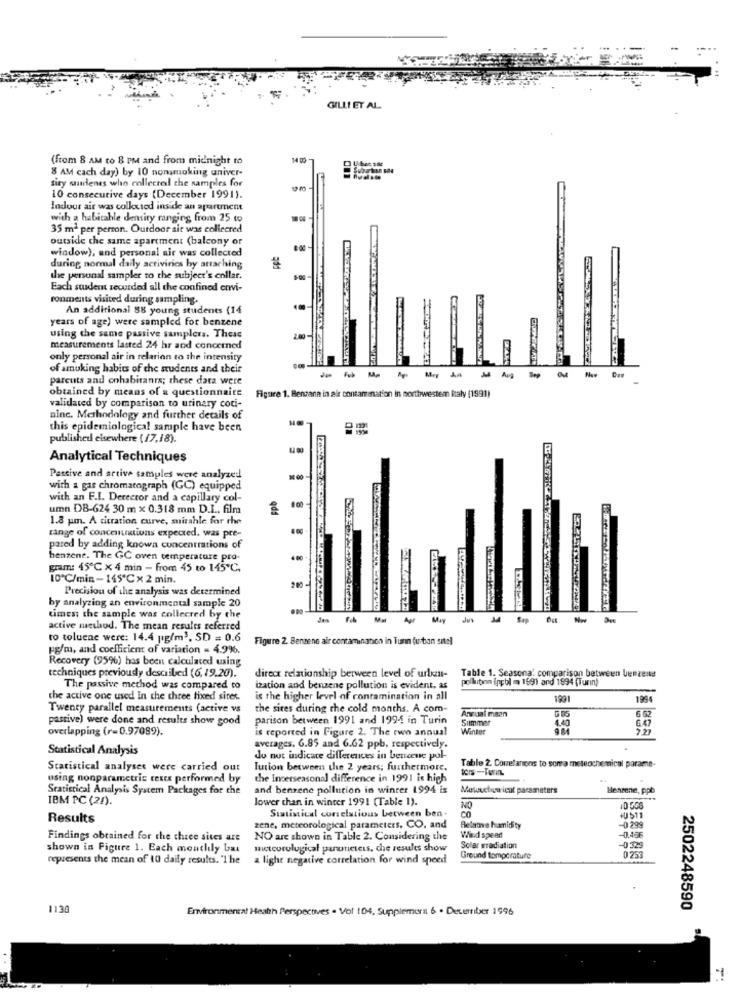
GILLI ET AL.
(from 8 AM to 8 PM and from midnight to
14 00
8 AM cach day) by 10 nonsmoking univer-
fity saucenes who collecteil the samples for
10 consecutive days (December 1991).
Indoor air was colkcted inside an apartment
with a habitable density ranging from 25 wo
35 m2 per person. Outdoor ait was collecred
outside the same apartment (balcony or
window), and personal air was collected
during normal daily activities by attaching
the personal sampler to the subject's collar.
Each suader recorded all the confined envi-
ronments visited during sampling.
An additional 88 young students (14
years of age) were sampled for benzene
using the same passive samplers. These
measurements lasted 24 hr and concerned
only personal air in relation to the intensity
of smoking habits of the students and their
parcuts and onhabitants; these data were
de
obtained by means of a questionnaire
Figure 1. Benzana in air contamination in northwestem italy (1991)
validated by comparison to urinary coti-
ninc. Methodology and further details of
this epidemiological sample have been
published elsewhere (17,18).
Analytical Techniques
Passive and active samples were analyzed
with a gas chromatograph (GC) equipped
with an F.I. Derector and a capillary col-
umn DB-624 30 m x 0.318 mm D.L ., film
qdE
1.8 pm. A titration curve, muitahle for the
range of concentrations expected. was pre-
pared by adding known concentrations of
benzene. The GC oven temperature pro-
gram: 45℃ × 4 min - from 45 to 145 ℃.
10 ℃/min-145℃ x 2 min.
Precision of the analysis was determined
by analyzing an environmental sample 20
times; the sample was collected by the
May Jus M4 Sap
active method. The mean results referred
to toluene were: 14.4 |g/m3, SD = 0.6
Figure 2 Benzene air contamination in Turn (urban sitel
pg/m, and coefficient of variation = 4.9%.
Recovery (95%) has been calculated using
techniques previously described (6, 19.20).
direct relationship between level of urban-
Table 1. Seasonal comparison between benzene
pollution (npbl mn 1691 and 1994 (Turin)
The passive method was compared to
ization and benzene pollution is evident, as
the active one used In the three fixed siter.
is the higher level of contamination in all
1991
1994
Twenty parallel measurements (active vs
the sires during the cold months. A com-
passive) were done and results show good
parison between 1991 and 1994 in Turin
Annual maan
Summar
6 62
overlapping (r=0.97089).
is reported in Figure 2. The two annual
Winter
Statistical Analysis
averages. 6.85 and 6.62 ppb, respectively.
do not indicate differences in bencene pol-
Statistical analyses were carried out
Iution between the 2 years; furthermore.
Table 2. Correlanons to sorra meteochemical parame-
using nonparametric tests performed by
the Incerseasonal difference in 1991 is high
Statistical Analysis System Packages for the
and benzene pollution in winter 1994 is
Mulinetia icut parsenators
Behrune, ppb
IBM PC (25).
lower than in winter 1991 (Table 1).
NO
Results
Statistical correlatious between ben.
zene, meteorological parameters, CO, and
Betame humidity
Findings obtained for the three sites are
NO are shown in Table 2. Considering the
Wind speed
shown in Figure 1. Each monthly bas
meteorological panneters, che results show
Solar radiation
-032
0.25
represents the mean of 10 daily results. "The
a light negative correlation for wind speed
Ground temperature
1130
Environmental Health Perspectives . Vol 104. Supplemera 6 . December 1996
2502248590